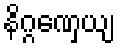
နိဂ္ဂဏှေယျ